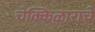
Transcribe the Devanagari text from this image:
चेक्किऴाराचे